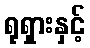
ရုရှားနှင့်